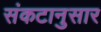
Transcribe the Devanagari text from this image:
संकटानुसार